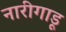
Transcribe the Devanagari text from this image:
नारीगाडू